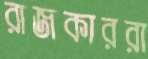
রাজকাররা